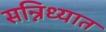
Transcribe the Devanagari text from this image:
सन्निध्यात